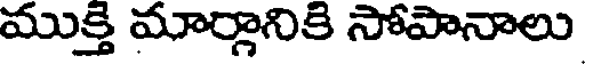
ముక్తి మార్గానికి సోపానాలు